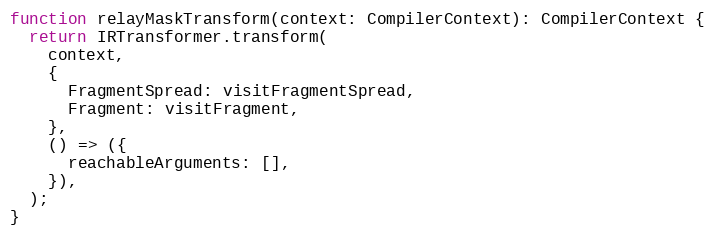
Language: JavaScript
function relayMaskTransform(context: CompilerContext): CompilerContext {
  return IRTransformer.transform(
    context,
    {
      FragmentSpread: visitFragmentSpread,
      Fragment: visitFragment,
    },
    () => ({
      reachableArguments: [],
    }),
  );
}